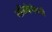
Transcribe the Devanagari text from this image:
नलिकेऐवजी